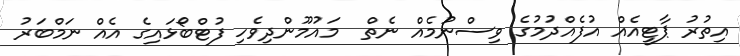
އިތުރު ޕާޓީއެއް އުފެއްދުމުގެ ވިސްނުމެއް ނެތް  މައުމޫންދިވެހި ފުޓްބޯޅައިގެ އެއް ނަމްބަރު